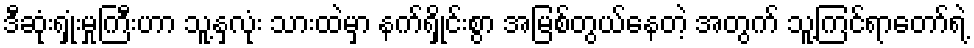
ဒီဆုံးရှုံးမှုကြီးဟာ သူ့နှလုံး သားထဲမှာ နက်ရှိုင်းစွာ အမြစ်တွယ်နေတဲ့ အတွက် သူ့ကြင်ရာတော်ရဲ့